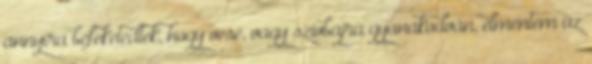
annyira befeketedtek, hogy vese, vagy szívbajra gyanakodván, elmentem az